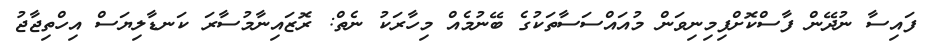
ފައިސާ ނުދޭން ފާސްކޮށްފިމިނިވަން މުއައްސަސާތަކުގެ ބޭނުމެއް މިހާރަކު ނެތް: ރޮޒައިނާމުސާރަ ކަނޑާލިޔަސް އިހްތިޖާޖު